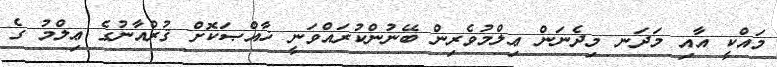
މައްކީ އާއި މަދަނ މިދެނަން ޢިލްމުވެރިން ބޭނުންކުރައްވަނީ ޚާއްޞަކޮށް ޤުރްއާނުގެ ޢިލްމު ގެ